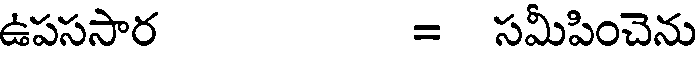
ఉపససార = సమీపించెను